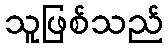
သူဖြစ်သည်